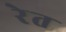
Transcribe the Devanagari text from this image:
रेेत